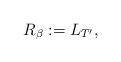
LaTeX: \begin{align*}R_{\beta}:=L_{T'},\end{align*}